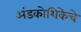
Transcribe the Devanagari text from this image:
अंडकोशिकेचे